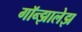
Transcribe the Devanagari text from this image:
गॉन्झालेझ